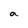
Character: a